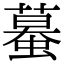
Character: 蟇